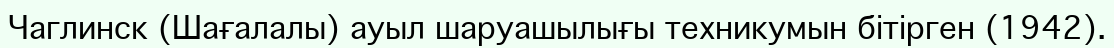
Чаглинск (Шағалалы) ауыл шаруашылығы техникумын бітірген (1942).